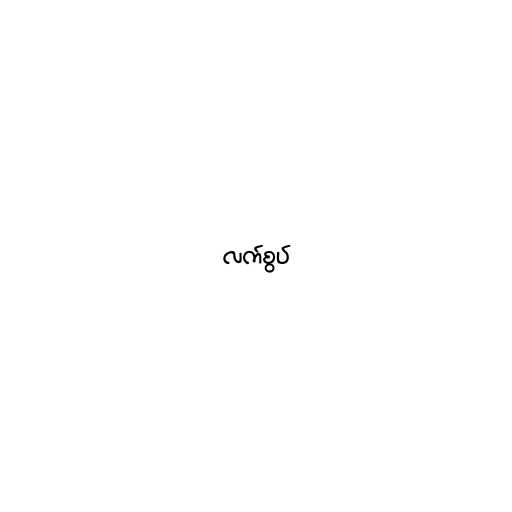
လက်စွပ်